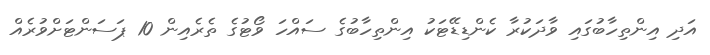
އަދި އިންތިހާބުގައި ވާދަކުރާ ކެންޑިޑޭޓަކު އިންތިހާބުގެ ސައްހަ ވޯޓުގެ ތެރެއިން 10 ޕަސަންޓަށްވުރެއް